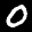
Label: 0